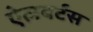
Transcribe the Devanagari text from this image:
ऐलबर्टस